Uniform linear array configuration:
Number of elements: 16
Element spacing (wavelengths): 0.25
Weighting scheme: binomial
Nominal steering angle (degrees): -45
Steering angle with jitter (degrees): -43.688
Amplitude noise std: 0.05
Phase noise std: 0.05

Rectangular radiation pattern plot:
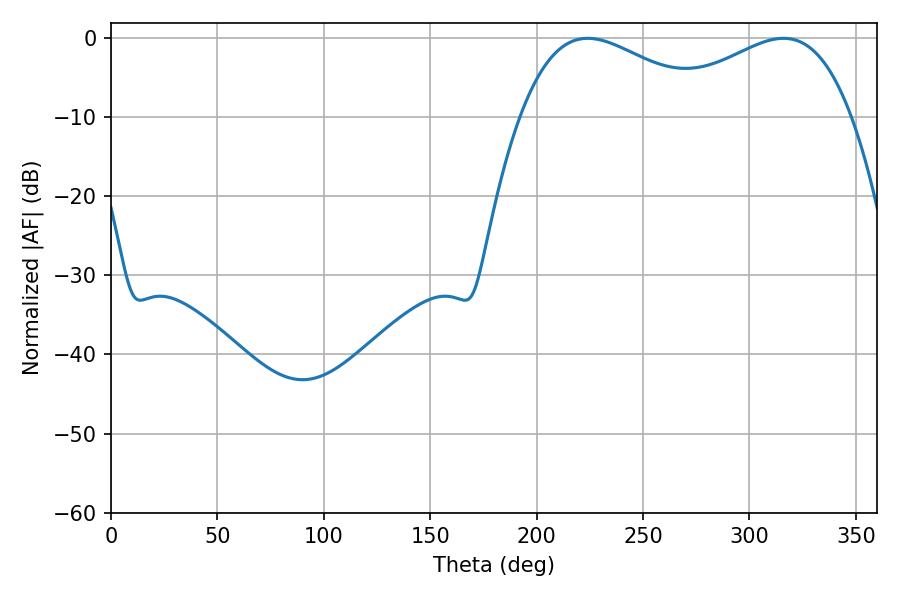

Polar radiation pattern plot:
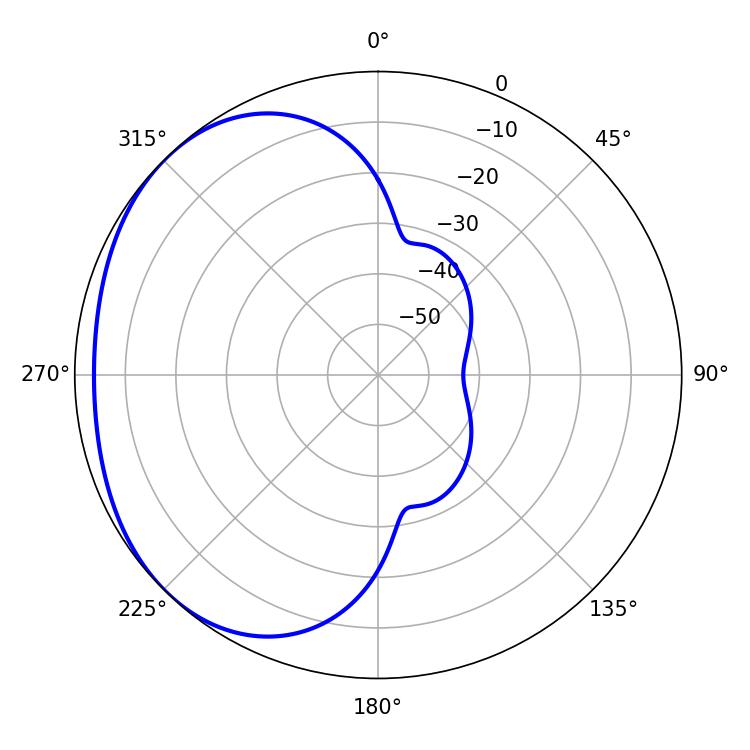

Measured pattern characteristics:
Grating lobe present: FALSE
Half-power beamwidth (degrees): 49.86
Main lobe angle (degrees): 223.92